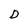
Character: D